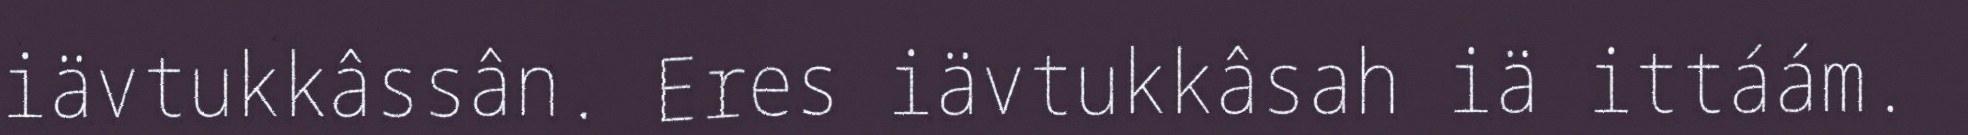
iävtukkâssân. Eres iävtukkâsah iä ittáám.